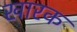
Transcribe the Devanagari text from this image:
खारक